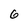
Character: 6